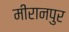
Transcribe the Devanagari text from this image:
मीरानपुर